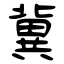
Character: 冀